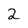
Character: 2